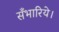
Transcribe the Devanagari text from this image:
सँभारिये।